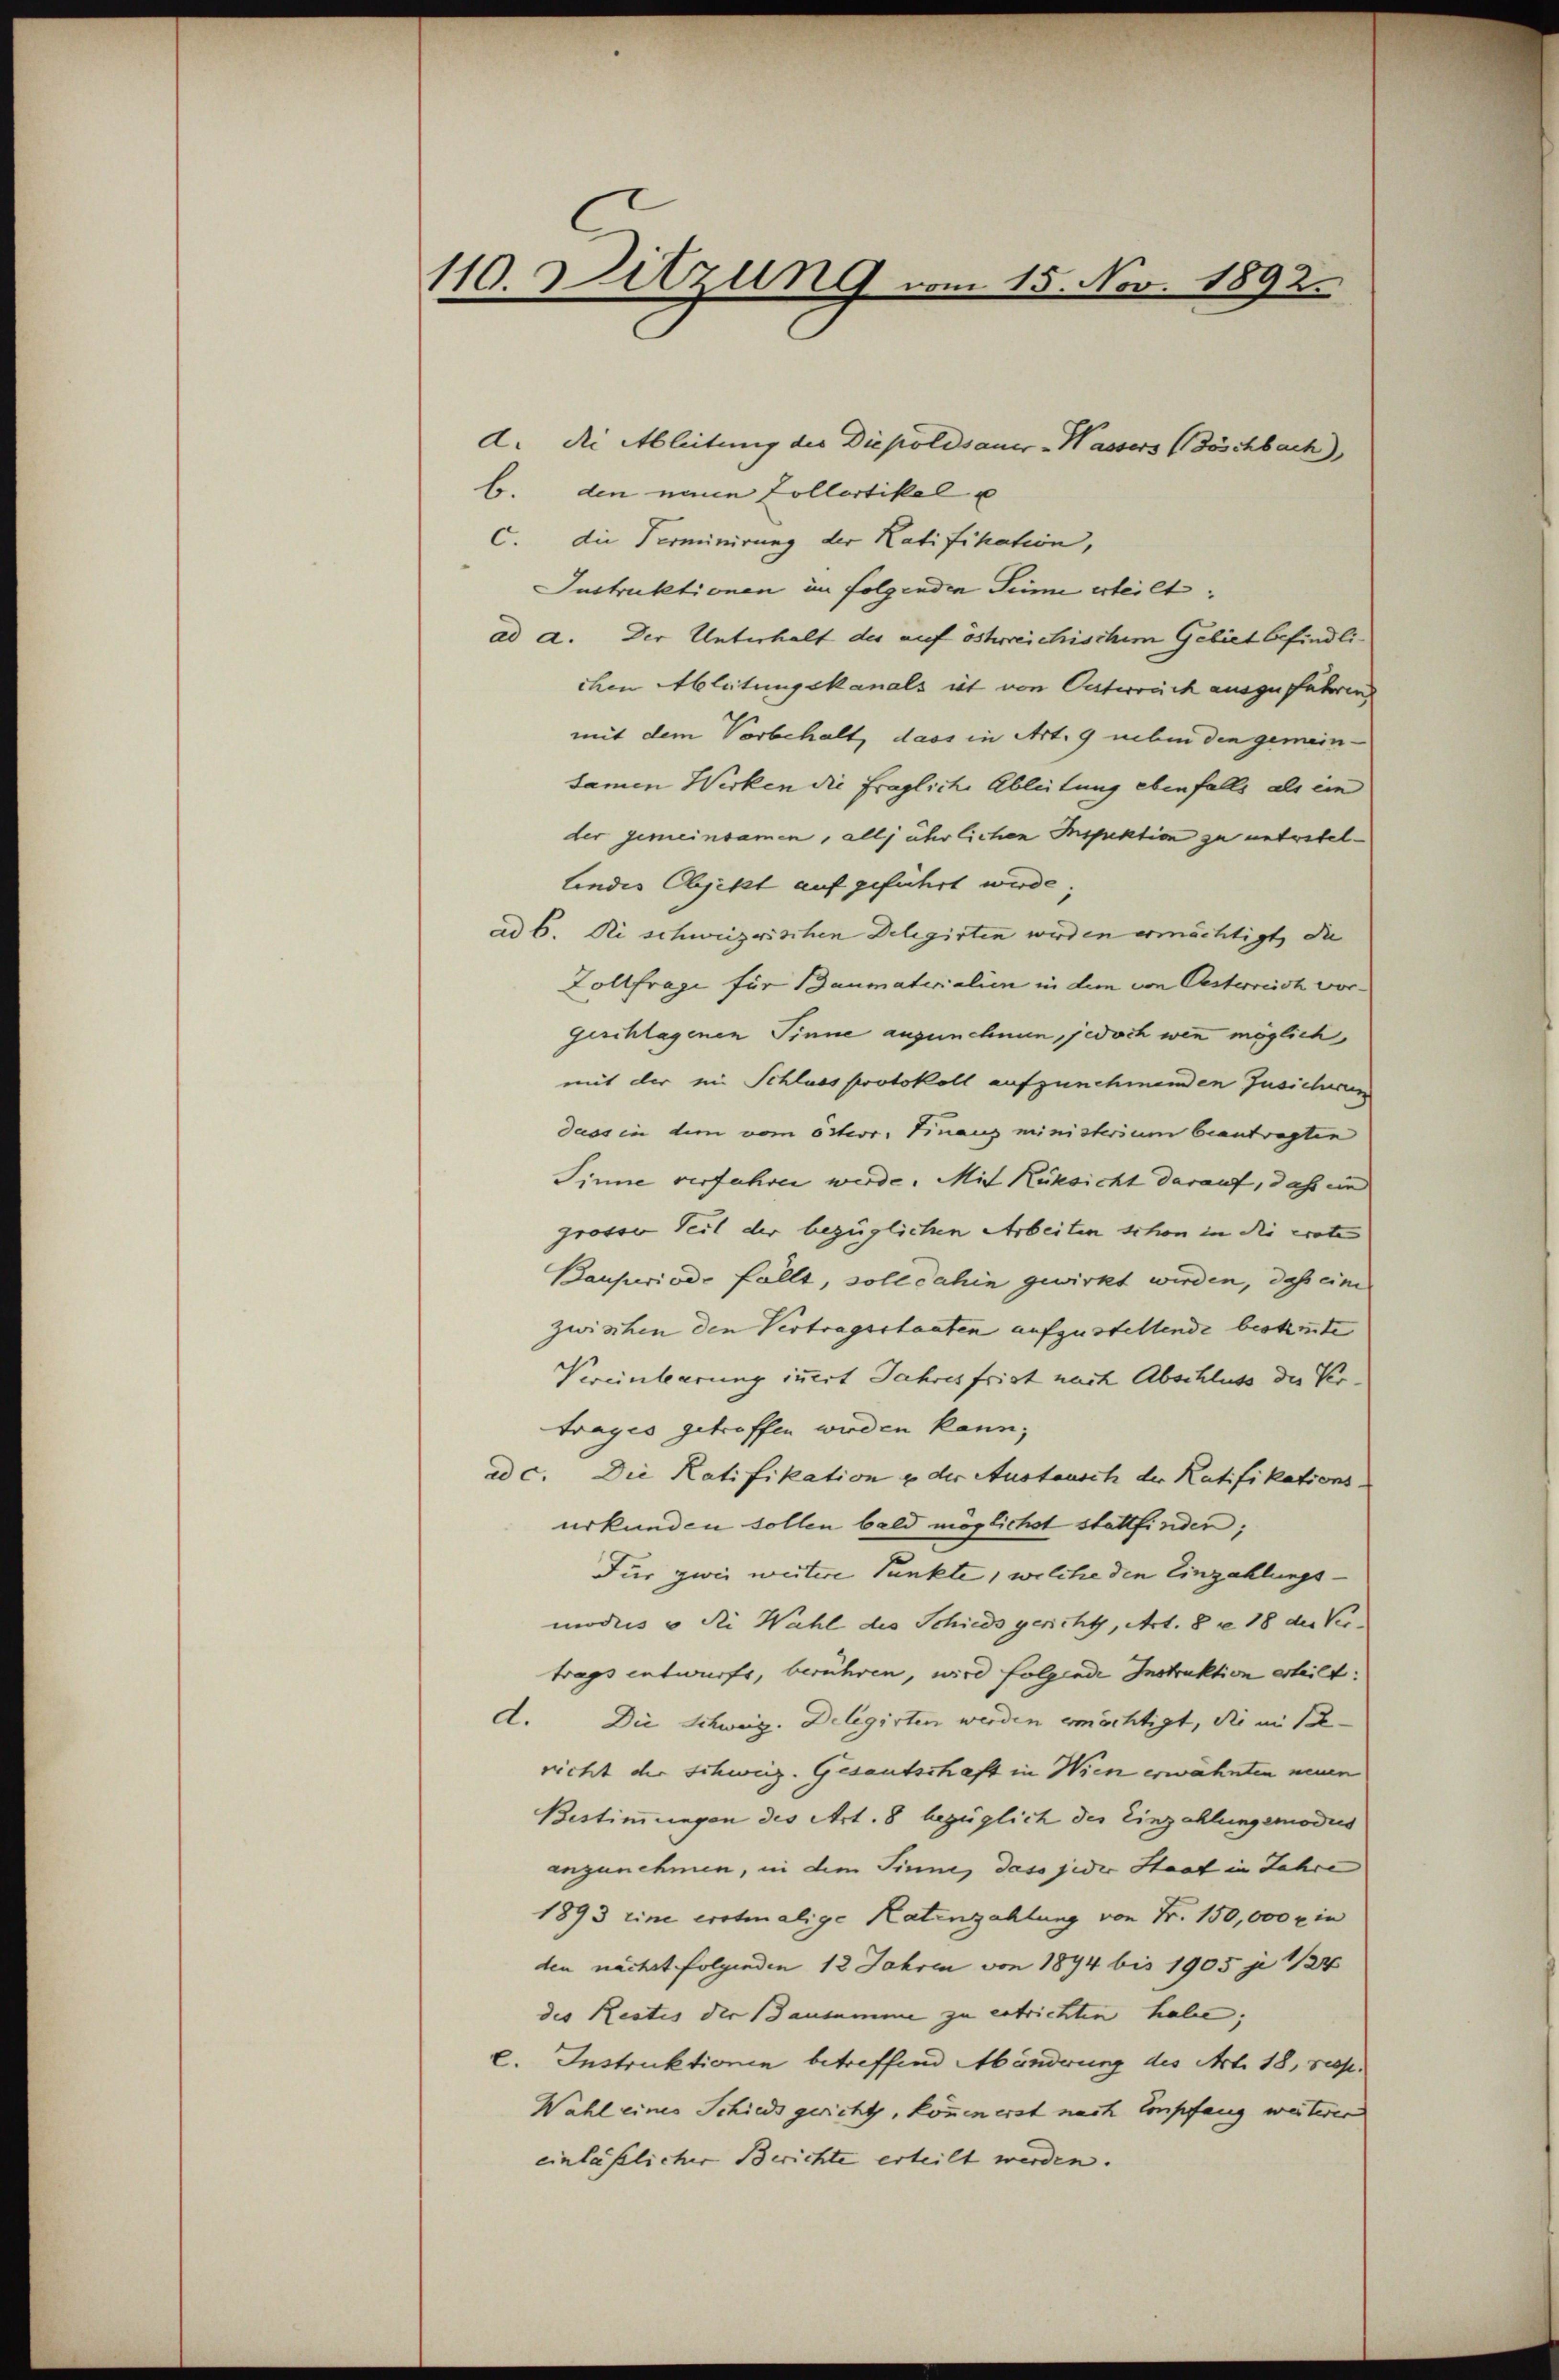
110. Sitzung vom 15. Nov. 1892.

d. Die Ableitung des Diepoldsauer-Wassers Böschbach),
b. den neue Collartikel u
C. die Terminirung der Ratifikation,
Instruktionen in folgenden Sinne erteilt.
ad a. Der Unterhalt des auf öshrreichischem Gebiet befindliche Ableitungskanals ist von Oetweich auszufahren
mit dem Vorbehalt, dass in Art. 9 neben den gemeinsamen Werken die fragliche Ableitung ebenfalls als ein
der gemeinsamen, alljährlichen Inspektion zu unterstellindes Objekt auf geführt wurde.
ad 6. Ri schweizerischen Delegirten wirden ermächtigt, die
Zollfrage für Baumaterialien in dem von Oesterreich vor¬
Geschlagenen Sinne anzunehmen, jedoch wenn möglich,
mit der ein Schluss protokoll aufzunehmenden Insichen
dass in dem vom österr. Finanzministerium beantragten
Sinne verfahren werde. Mit Rüksicht darauf, daß ein
grovon Seit der bezüglichen Arbeiten schon in die erote
Bauswiode fällt, soll dahin gewirkt werden, daß eine
zwischen den Vertragsstaaten aufzustellende bestirte
Vereinleerung innert Jahresfrist nach Abschluss der Ver¬
Frages getroffen werden kann;
ad c. Die Ratifikation u der Austausch der Ratifikations-
urkunden sollen bald möglichst stattfinden;
Für zwei weitere Punkte, welche den Einzahlungs-
modiis u die Wahl des Schieds gericht, Art. 8 f 18 der Ver-
trags entwurfs, berühren, wird folgende Instruktion erteilt.
d. Die Schweiz. Delegirten werden ermächtigt, die mit-
richt der schweiz. Gesantschaft in Wien erwähnten neuen
Bestimmungen des Art. 8 bezüglich des Einzahlungsmodus
anzunehmen, in dem Sinne, dass jeder Staat in Jahre
1893 eine erstmalige Katenzahlung von Fr. 150,000 x in
den nächst folgenden 12 Jahren von 1894 bis 1905 g 14
des Restis der Bausamme zu entrichten habe;
l. Instruktionen betreffend Abänderung des Art. 18, resp.
Wahl eines Schieds gericht, könnenerst nach Empfang weiterer
einläßlicher Berichte erteilt werden.